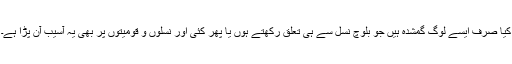
کیا صرف ایسے لوگ گمشدہ ہیں جو بلوچ نسل سے ہی تعلق رکھتے ہوں یا پھر کئی اور نسلوں و قومیتوں پر بھی یہ آسیب آن پڑا ہے۔